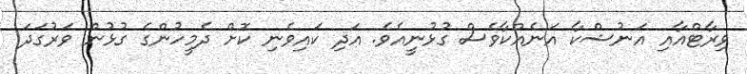
ވިރާޓްއާއި އަނުޝްކާ އަނެއްކާވެސް ގުޅުނީއެވެ. އަދި ކައިވެނި ކޮށް ދެމީހުންގެ ގުޅުން ވަރުގަދަ